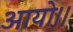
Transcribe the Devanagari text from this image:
आयो।।